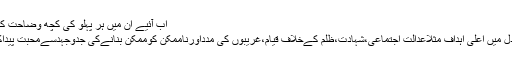
اب آئیے ان میں ہر پہلو کی کچھ وضاحت کرتے ہیں:
بچےکےدل میں اعلیٰ اہداف مثلاًعدالتِ اجتماعی،شہادت،ظلم کےخلاف قیام،غریبوں کی مدداورناممکن کوممکن بنانےکی جدوجہدسےمحبت پیداکی جائے۔